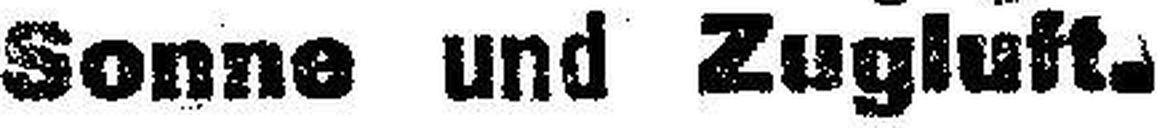
Sonne und Zugluft.